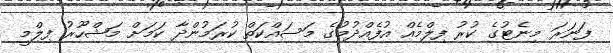
ފަނަރަ މިނެޓުގެ ކުރު ފިލްމެއް އުފެއްދުމުގެ މަސައްކަތް ކުރަމުންދާ ކަމަށް މަޝްހޫރު ފިލްމީ